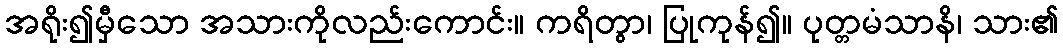
အရိုး၍မှီသော အသားကိုလည်းကောင်း။ ကရိတွာ၊ ပြုကုန်၍။ ပုတ္တမံသာနိ၊ သား၏